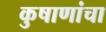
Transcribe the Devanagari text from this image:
कुषाणांचा